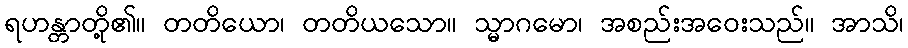
ရဟန္တာတို့၏။ တတိယော၊ တတိယသော။ သ္မာဂမော၊ အစည်းအဝေးသည်။ အာသိ၊